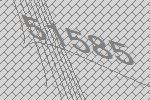
51585